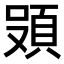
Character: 𮨄